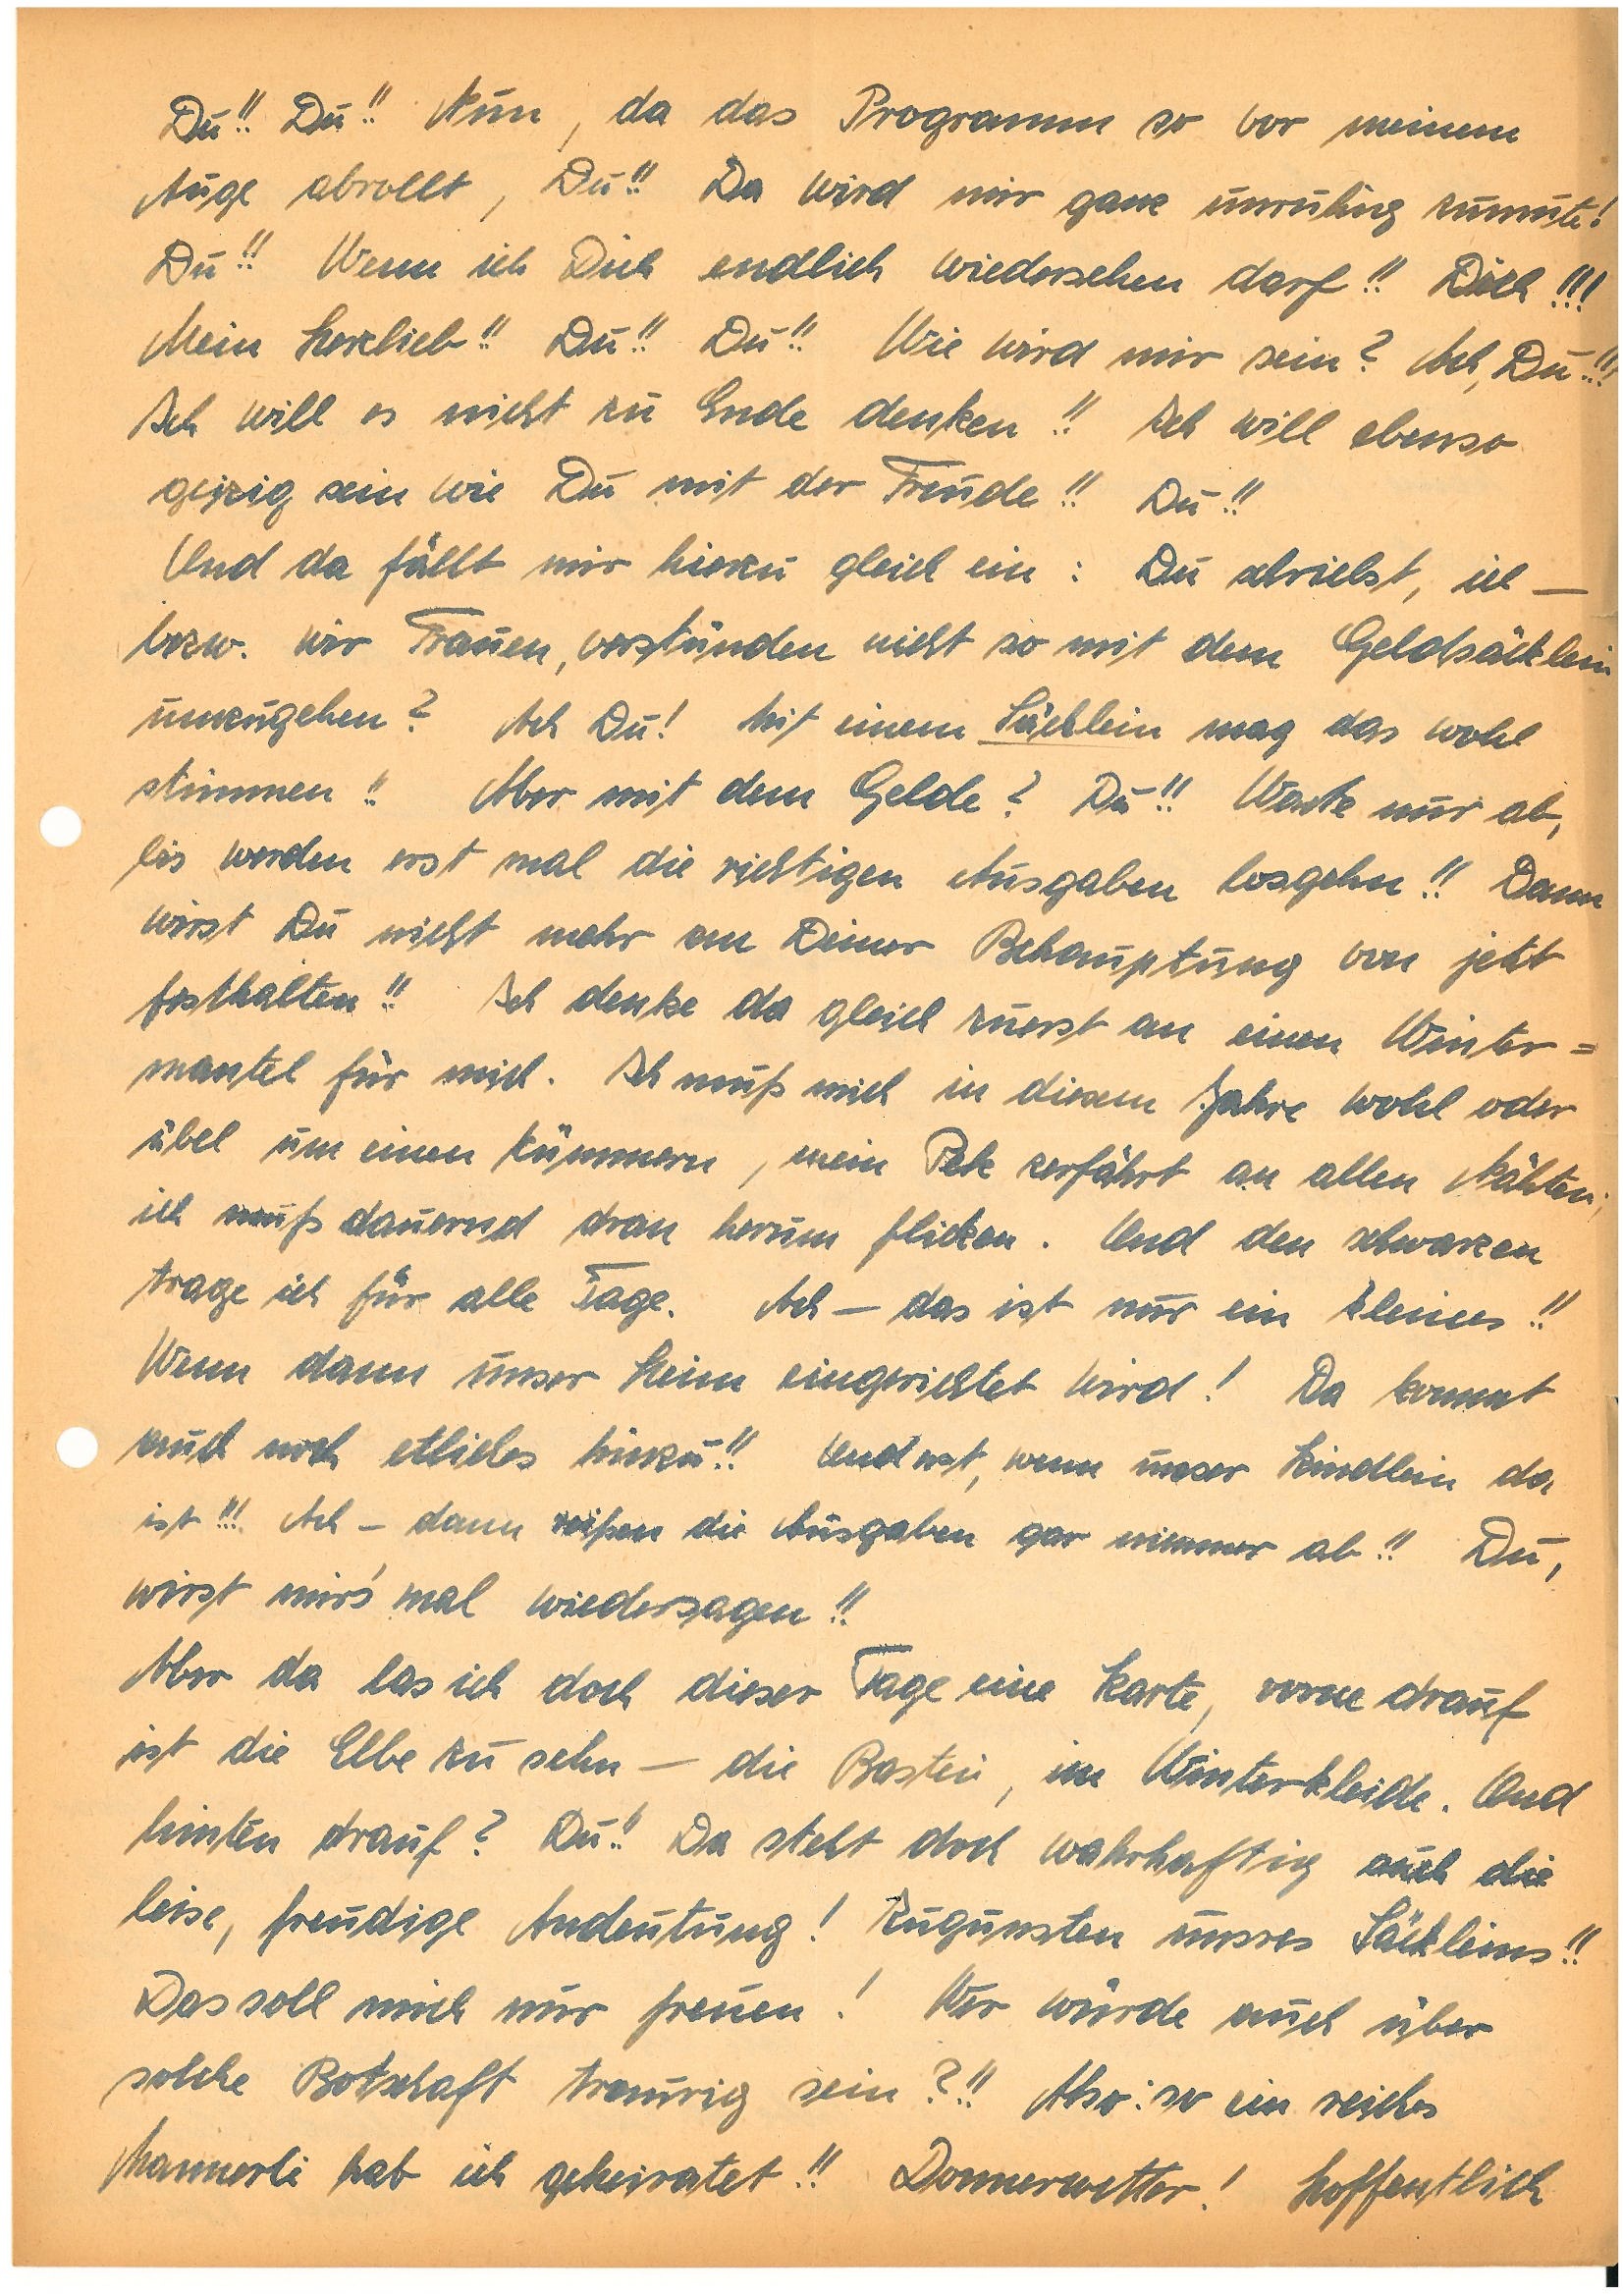
Du!! Du!! Nun, da das Programm so vor meinem
Auge abrollt, Du!! Da wird mir ganz unruhig zumute!
Du!! Wenn ich Dich endlich wiedersehen darf!! Dich!!!
Mein Herzlieb!! Du!! Du!! Wie wird mir sein? Ach, Du!!!
Ich will es nicht zu Ende denken!! Ich will ebenso
geizig sein wie Du mit der Freude!! Du!!
Und da fällt mir hierzu gleich ein: Du schriebst, ich –
bzw. wir Frauen, verstünden nicht so mit dem Geldsäcklein
umzugehen? Ach Du! Mit einem Säcklein mag das wohl
stimmen!! Aber mit dem Gelde? Du!! Warte nur ab,
bis werden erst mal die richtigen Ausgaben losgehn!! Dann
wirst Du nicht mehr an Deiner Behauptung von jetzt
festhalten!! Ich denke da gleich zuerst an einen Winter¬
mantel für mich. Ich muß mich in diesem Jahre wohl oder
übel um einen kümmern, mein Pelz zerfährt an allen Nähten;
ich muss dauernd dran herum flicken. Und den schwarzen
trage ich für alle Tage. Ach – das ist nur ein kleines!!
Wenn dann unser Heim eingerichtet wird! Da kommt
auch noch etliches hinzu!! Und erst, wenn unser Kindlein da
ist!!! Ach – dann reißen die Ausgaben gar nimmer ab!! Du,
wirst mir’s mal wiedersagen!!
Aber da las ich doch dieser Tage eine Karte, vorne drauf
ist die Elbe zu sehn – die Bastei, im Winterkleide. Und
hinten drauf? Du!! Da steht doch wahrhaftig auch die
leise, freudige Andeutung! Zugunsten unsres Säckleins!!
Das soll mich nur freuen! Wer würde auch über
solche Botschaft traurig sein?!! Also: so ein reiches
Mannerli hab ich geheiratet!! Donnerwetter! Hoffentlich